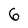
Character: 6